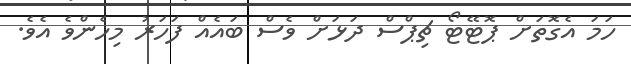
ހަމަ އެގޮތަށް ޕޮޓޭޓޯ ޗިޕްސް ދަޅަށް ވެސް ބައެއް ފަހަރު މިހެންވެ އެވެ.